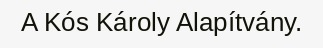
A Kós Károly Alapítvány.